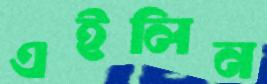
এইলিন